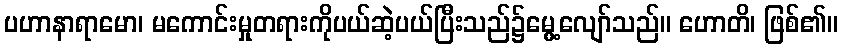
ပဟာနာရာမော၊ မကောင်းမှုတရားကိုပယ်ဆဲ့ပယ်ပြီးသည်၌မွေ့လျော်သည်။ ဟောတိ၊ ဖြစ်၏။